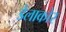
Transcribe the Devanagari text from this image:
डेलाकोर